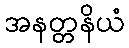
အနတ္တနိယံ